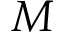
M